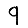
Digit: 9